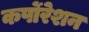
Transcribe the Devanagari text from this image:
कर्पोरेशन